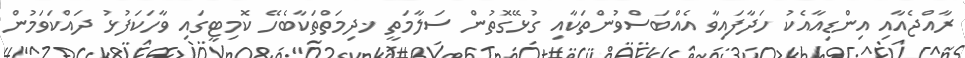
ރާއްޖެއާއި އިންޑިއާއެކު ހަދާފައިވާ އެއްބަސްވުންތަކާއި ގުޅޭގޮތުން ސަލާމަތީ ޚދިމަތްތަކާބެހޭ ކޮމިޓީގައި ވާހަކަފުޅު ދައްކަވަމުން